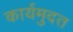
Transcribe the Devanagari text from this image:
कार्यमुदत